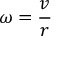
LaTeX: \omega = { \frac { v } { r } }